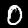
Digit: 0